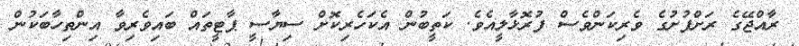
ރާއްޖޭގެ ރަށްފުށުގެ ވެރިކަންވެސް ފުރޮޅާލީއެވެ. ކަތީބުން އެކަހެރިކޮށް ސިޔާސީ ޕާޓީތައް ބައިވެރިވާ އިންތިހާބަކުން